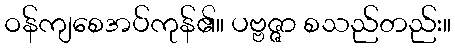
ဝန်ကျစေအပ်ကုန်၏။ ပဗ္ဗဇ္ဇာ စသည်တည်း။